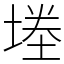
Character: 堘